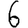
Digit: 6